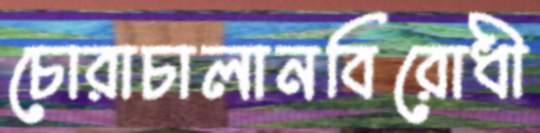
চোরাচালানবিরোধী